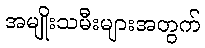
အမျိုးသမီးများအတွက်